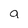
Character: a